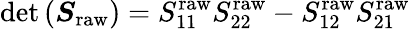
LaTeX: \operatorname*{det}\left(\boldsymbol{S}_{\mathrm{raw}}\right)=S_{11}^{\mathrm{raw}}S_{22}^{\mathrm{raw}}-S_{12}^{\mathrm{raw}}S_{21}^{\mathrm{raw}}